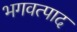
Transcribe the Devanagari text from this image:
भगवत्पाद